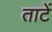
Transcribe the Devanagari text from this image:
ताटें